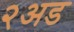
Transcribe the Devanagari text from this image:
२अड